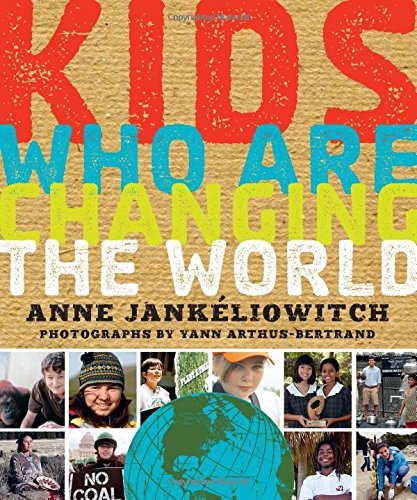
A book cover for Kids Who Are Changing the World; Anne Jankeliowitch; Children's Books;